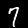
Label: 7